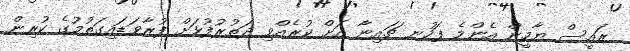
ރައީސް ޔާމީން އެންމެ ފަހުނ ޗައިނާ އަށް ކުރެއްވި ދަތުރުފުޅަށް ފުރާވަޑައިގަތުމުގެ ކުރިން